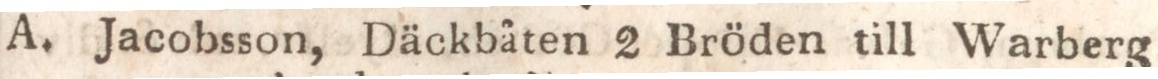
Jacobsson, Däckbäten 2 Bröden till Warberg